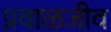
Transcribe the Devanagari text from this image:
प्रवाळजीव